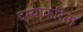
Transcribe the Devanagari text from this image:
दम्याकरिता